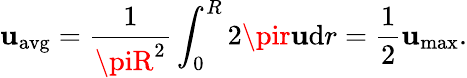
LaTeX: {\mathbf{u}}_{\mathrm{{avg}}}={\frac{{1}}{{\piR^{2}}}}\int_{0}^{R}2\pir\mathbf{u}\mathrm{{d}}r={\frac{{1}}{{2}}}{\mathbf{u}}_{\mathrm{{max}}}.